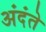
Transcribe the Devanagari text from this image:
अंदंते